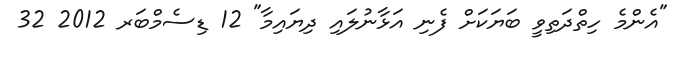
"އެންމެ ހިތްދަތިވީ ބަޔަކަށް ފެނި އަޅާނުލައި ދިޔައިމާ" 12 ޑިސެމްބަރ 2012 32